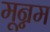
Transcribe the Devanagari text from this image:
मून्नम